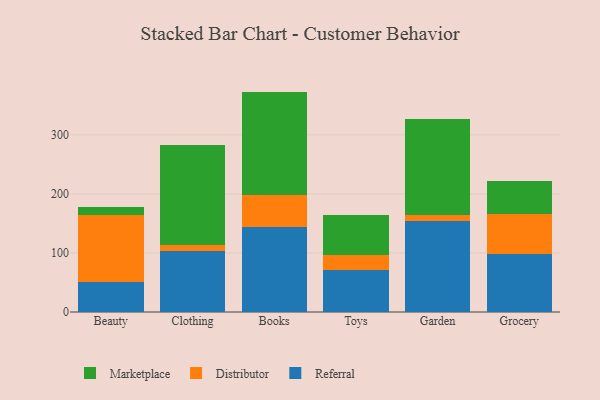
{"axis": {"x": "Category", "y": "Website Visitors"}, "legend": ["Distributor", "Marketplace", "Referral"], "data": [{"x": "Beauty", "y": 50.3, "type": "Referral"}, {"x": "Beauty", "y": 114.1, "type": "Distributor"}, {"x": "Beauty", "y": 13.1, "type": "Marketplace"}, {"x": "Clothing", "y": 103.1, "type": "Referral"}, {"x": "Clothing", "y": 10.8, "type": "Distributor"}, {"x": "Clothing", "y": 168.5, "type": "Marketplace"}, {"x": "Books", "y": 144.4, "type": "Referral"}, {"x": "Books", "y": 53.2, "type": "Distributor"}, {"x": "Books", "y": 175.8, "type": "Marketplace"}, {"x": "Toys", "y": 70.4, "type": "Referral"}, {"x": "Toys", "y": 25.9, "type": "Distributor"}, {"x": "Toys", "y": 67.8, "type": "Marketplace"}, {"x": "Garden", "y": 154.4, "type": "Referral"}, {"x": "Garden", "y": 9.2, "type": "Distributor"}, {"x": "Garden", "y": 163.4, "type": "Marketplace"}, {"x": "Grocery", "y": 98.5, "type": "Referral"}, {"x": "Grocery", "y": 67.2, "type": "Distributor"}, {"x": "Grocery", "y": 55.9, "type": "Marketplace"}]}